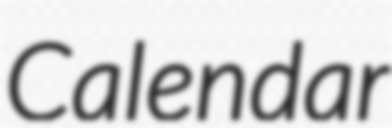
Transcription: Calendar